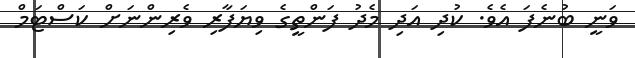
ވަނީ ބުނެފަ އެވެ. ކުދި އަދި މެދު ފަންތީގެ ވިޔަފާރި ވެރިންނަށް ކަސްޓަމް